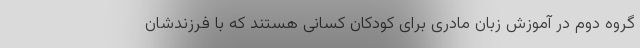
گروه دوم در آموزش زبان مادری برای کودکان کسانی هستند که با فرزندشان